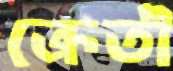
ক্রেতী